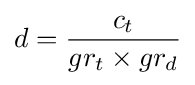
d={\frac {c_{t}}{gr_{t}\times gr_{d}}}